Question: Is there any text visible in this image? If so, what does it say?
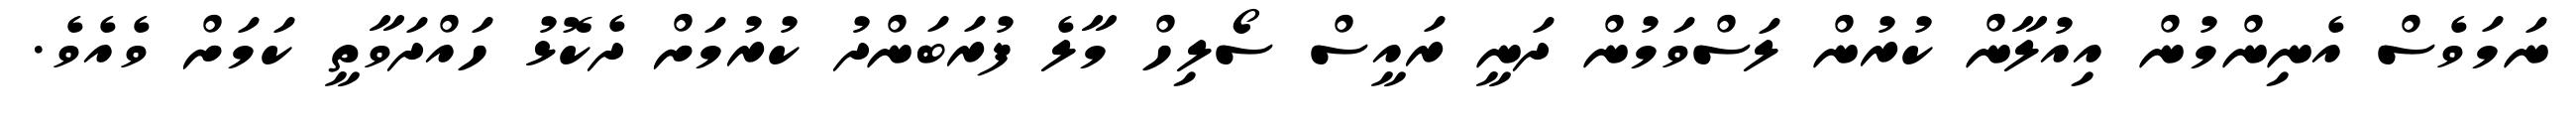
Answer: ނަމަވެސް އެނިންމުން އިއުލާން ކުރުން ލަސްވަމުން ދަނީ ރައީސް ސޯލިހް މާލެ ފުރަބަންދު ކުރުމަށް ދެކޮޅު ހައްދަވާތީ ކަމަށް ވެއެވެ.